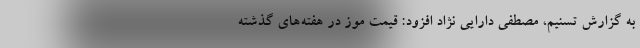
به گزارش تسنیم، مصطفی دارایی نژاد افزود: قیمت موز در هفته‌های گذشته